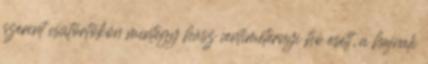
szerint csütörtökön mintegy húsz centiméternyi hó esett, a hajnali